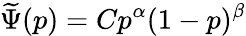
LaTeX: \widetilde{\Psi}(p)=Cp^{\alpha}(1-p)^{\beta}